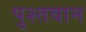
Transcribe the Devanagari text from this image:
पुश्तवान